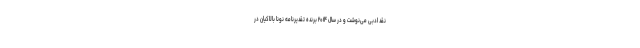
نقد ادبی می‌نوشت و در سال ۲۰۱۴ برندهٔ تقدیرنامهٔ نونا بالاکیان در